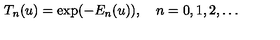
T _ { n } ( u ) = \exp ( - E _ { n } ( u ) ) , \quad n = 0 , 1 , 2 , \ldots